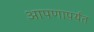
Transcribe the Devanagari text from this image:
आपणापर्यंत